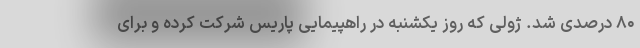
۸۰ درصدی شد. ژولی که روز یکشنبه در راهپیمایی پاریس شرکت کرده و برای